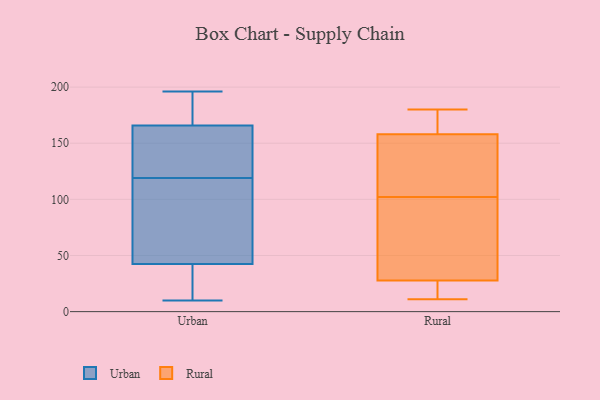
{"axis": {"x": "Revenue (USD Million)", "y": "Value"}, "legend": ["Rural", "Urban"], "data": [{"x": "", "y": 196, "type": "Urban"}, {"x": "", "y": 143, "type": "Urban"}, {"x": "", "y": 30, "type": "Urban"}, {"x": "", "y": 177, "type": "Urban"}, {"x": "", "y": 169, "type": "Urban"}, {"x": "", "y": 35, "type": "Urban"}, {"x": "", "y": 98, "type": "Urban"}, {"x": "", "y": 156, "type": "Urban"}, {"x": "", "y": 119, "type": "Urban"}, {"x": "", "y": 65, "type": "Urban"}, {"x": "", "y": 10, "type": "Urban"}, {"x": "", "y": 19, "type": "Rural"}, {"x": "", "y": 148, "type": "Rural"}, {"x": "", "y": 30, "type": "Rural"}, {"x": "", "y": 180, "type": "Rural"}, {"x": "", "y": 72, "type": "Rural"}, {"x": "", "y": 15, "type": "Rural"}, {"x": "", "y": 159, "type": "Rural"}, {"x": "", "y": 151, "type": "Rural"}, {"x": "", "y": 166, "type": "Rural"}, {"x": "", "y": 169, "type": "Rural"}, {"x": "", "y": 161, "type": "Rural"}, {"x": "", "y": 151, "type": "Rural"}, {"x": "", "y": 11, "type": "Rural"}, {"x": "", "y": 155, "type": "Rural"}, {"x": "", "y": 37, "type": "Rural"}, {"x": "", "y": 17, "type": "Rural"}, {"x": "", "y": 102, "type": "Rural"}, {"x": "", "y": 27, "type": "Rural"}, {"x": "", "y": 99, "type": "Rural"}]}